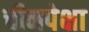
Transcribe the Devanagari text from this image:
चीनपेक्षा